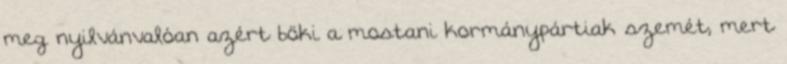
meg nyilvánvalóan azért böki a mostani kormánypártiak szemét, mert